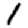
Digit: 1